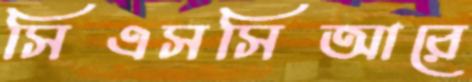
সিএসসিআরে